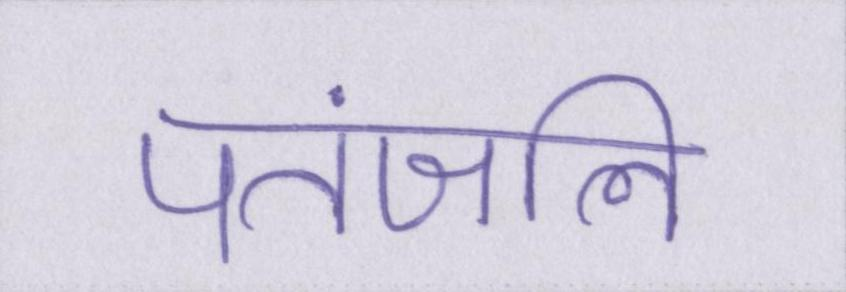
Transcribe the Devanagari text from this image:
पतंजलि